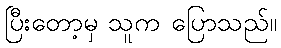
ပြီးတော့မှ သူက ပြောသည်။